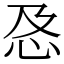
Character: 㤂